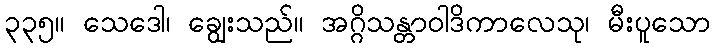
၃၃၅။ သေဒေါ၊ ချွေးသည်။ အဂ္ဂိသန္တာဝါဒိကာလေသု၊ မီးပူသော